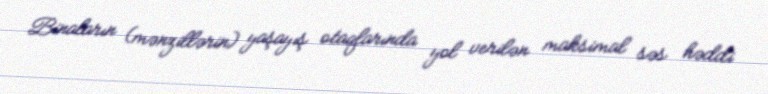
Binaların (mənzillərin) yaşayış otaqlarında yol verilən maksimal səs həddi